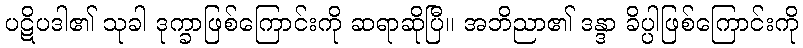
ပဋိပဒါ၏ သုခါ ဒုက္ခာဖြစ်ကြောင်းကို ဆရာဆိုပြီ။ အဘိညာ၏ ဒန္ဒာ ခိပ္ပါဖြစ်ကြောင်းကို